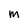
Character: M